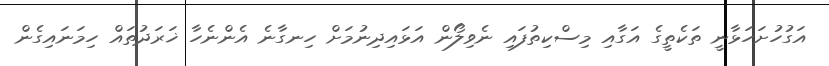
އަގުހުށަހަޅާނީ ތަކެތީގެ އަގާއި މިސްކިތުފައި ނެވިލޯން އަޅައިދިނުމަށް ހިނގާނެ އެންނެހާ ޚަރަދުތައް ހިމަނައިގެން